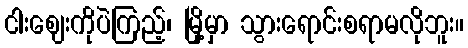
ငါးဈေးကိုပဲကြည့်၊ မြို့မှာ သွားရောင်းစရာမလိုဘူး။